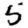
Digit: 5